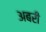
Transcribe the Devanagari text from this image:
अबरी